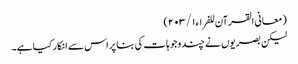
(معانی القرآن للفراء ١/ ٢٠٣)
لیکن بصریوں نے چند وجوہات کی بنا پر اس سے انکار کیا ہے۔